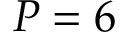
P = 6